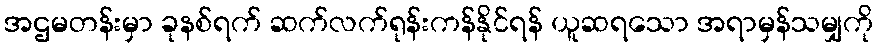
အဌမတန်းမှာ ခုနစ်ရက် ဆက်လက်ရုန်းကန်နိုင်ရန် ယူဆရသော အရာမှန်သမျှကို